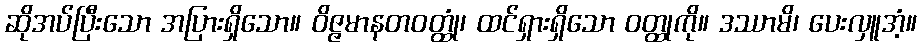
ဆိုအပ်ပြီးသော အပြားရှိသော။ ဝိဇ္ဇမာနတဝတ္ထုံ၊ ထင်ရှားရှိသော ဝတ္ထုကို။ ဒဿာမိ၊ ပေးလှူအံ့။